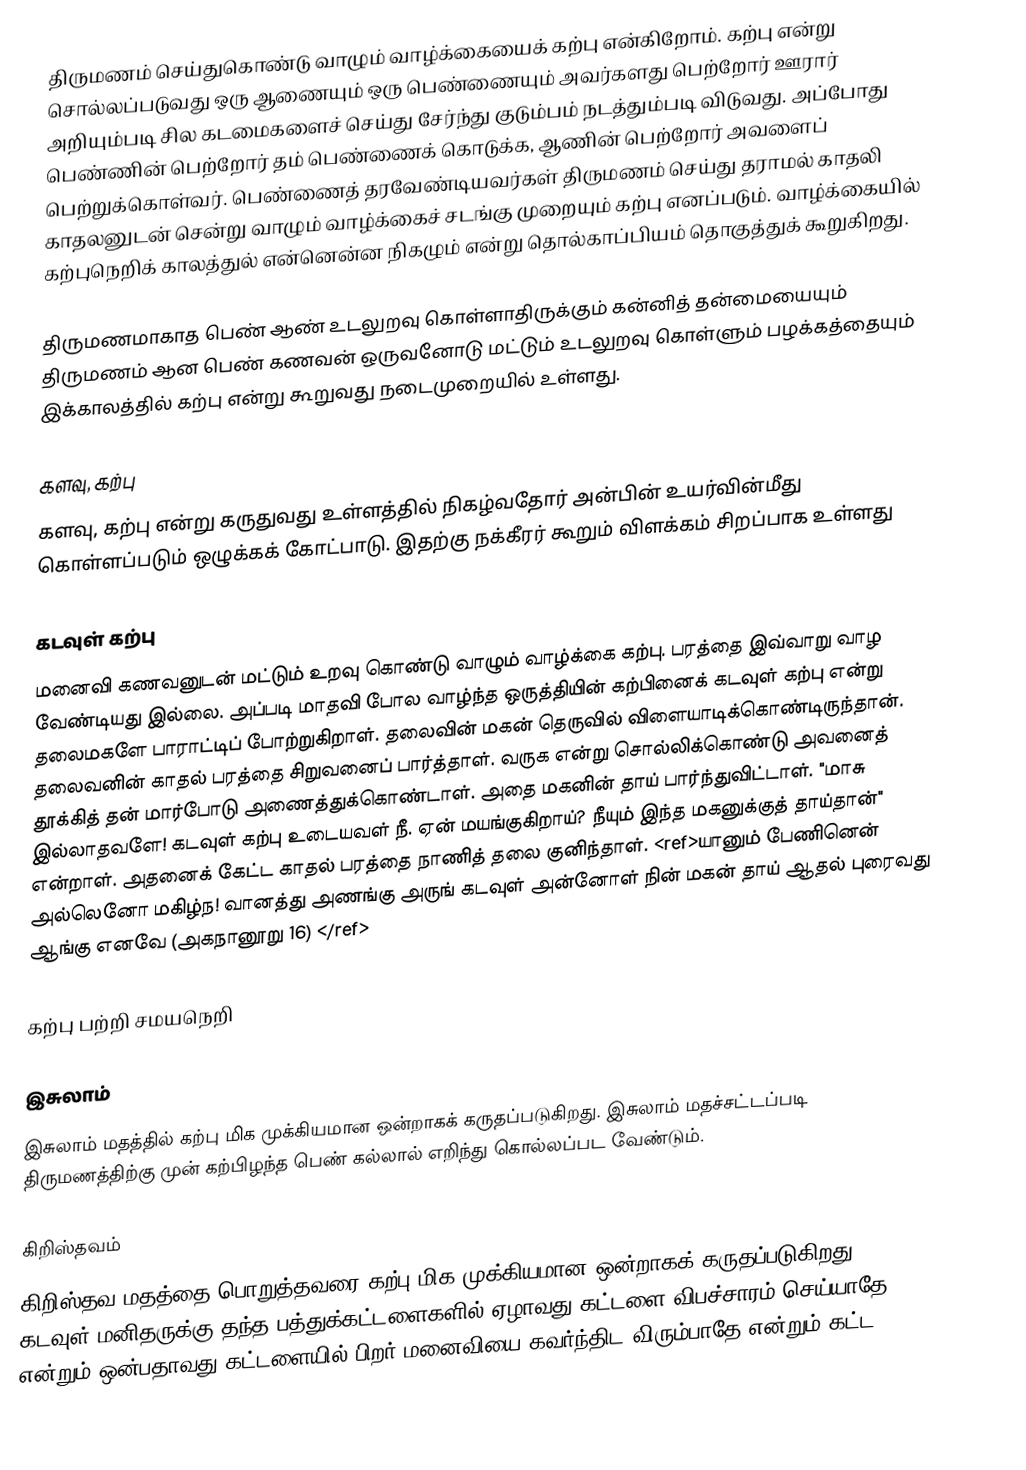
திருமணம் செய்துகொண்டு வாழும் வாழ்க்கையைக் கற்பு என்கிறோம்.  கற்பு என்று சொல்லப்படுவது ஒரு ஆணையும் ஒரு பெண்ணையும் அவர்களது பெற்றோர் ஊரார் அறியும்படி சில கடமைகளைச் செய்து சேர்ந்து குடும்பம் நடத்தும்படி விடுவது. அப்போது பெண்ணின் பெற்றோர் தம் பெண்ணைக் கொடுக்க, ஆணின் பெற்றோர் அவளைப் பெற்றுக்கொள்வர்.  பெண்ணைத் தரவேண்டியவர்கள் திருமணம் செய்து தராமல் காதலி காதலனுடன் சென்று வாழும் வாழ்க்கைச் சடங்கு முறையும் கற்பு எனப்படும்.  வாழ்க்கையில் கற்புநெறிக் காலத்துல் என்னென்ன நிகழும் என்று தொல்காப்பியம் தொகுத்துக் கூறுகிறது.

திருமணமாகாத பெண் ஆண்  உடலுறவு கொள்ளாதிருக்கும்  கன்னித் தன்மையையும் திருமணம் ஆன பெண் கணவன் ஒருவனோடு மட்டும் உடலுறவு கொள்ளும் பழக்கத்தையும் இக்காலத்தில் கற்பு என்று கூறுவது நடைமுறையில் உள்ளது.

களவு, கற்பு
களவு, கற்பு என்று கருதுவது உள்ளத்தில் நிகழ்வதோர் அன்பின் உயர்வின்மீது கொள்ளப்படும் ஒழுக்கக் கோட்பாடு.  இதற்கு நக்கீரர் கூறும் விளக்கம் சிறப்பாக உள்ளது

கடவுள் கற்பு
மனைவி கணவனுடன் மட்டும் உறவு கொண்டு வாழும் வாழ்க்கை கற்பு.  பரத்தை இவ்வாறு வாழ வேண்டியது இல்லை. அப்படி மாதவி போல வாழ்ந்த ஒருத்தியின் கற்பினைக் கடவுள் கற்பு என்று தலைமகளே பாராட்டிப் போற்றுகிறாள். தலைவின் மகன் தெருவில் விளையாடிக்கொண்டிருந்தான். தலைவனின் காதல் பரத்தை சிறுவனைப் பார்த்தாள். வருக என்று  சொல்லிக்கொண்டு அவனைத் தூக்கித் தன் மார்போடு அணைத்துக்கொண்டாள். அதை மகனின் தாய் பார்ந்துவிட்டாள். "மாசு இல்லாதவளே! கடவுள் கற்பு உடையவள் நீ. ஏன் மயங்குகிறாய்? நீயும் இந்த மகனுக்குத் தாய்தான்" என்றாள். அதனைக் கேட்ட காதல் பரத்தை நாணித் தலை குனிந்தாள்.  <ref>யானும்  பேணினென் அல்லெனோ மகிழ்ந! வானத்து  அணங்கு அருங் கடவுள் அன்னோள் நின்  மகன் தாய் ஆதல் புரைவது ஆங்கு எனவே     (அகநானூறு 16) </ref>

கற்பு பற்றி சமயநெறி

இசுலாம்
இசுலாம் மதத்தில் கற்பு மிக முக்கியமான ஒன்றாகக் கருதப்படுகிறது. இசுலாம் மதச்சட்டப்படி திருமணத்திற்கு முன் கற்பிழந்த பெண் கல்லால் எறிந்து கொல்லப்பட வேண்டும்.

கிறிஸ்தவம்
கிறிஸ்தவ மதத்தை பொறுத்தவரை கற்பு மிக முக்கியமான ஒன்றாகக் கருதப்படுகிறது. கடவுள் மனிதருக்கு தந்த பத்துக்கட்டளைகளில் ஏழாவது கட்டளை விபச்சாரம் செய்யாதே என்றும் ஒன்பதாவது கட்டளையில் பிறர் மனைவியை கவர்ந்திட விரும்பாதே என்றும் கட்ட